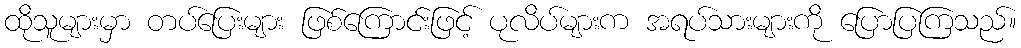
ထိုသူများမှာ တပ်ပြေးများ ဖြစ်ကြောင်းဖြင့် ပုလိပ်များက အရပ်သားများကို ပြောပြကြသည်။